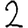
Digit: 2